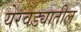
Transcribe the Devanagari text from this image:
येरवड्यातील